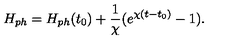
H _ { p h } = H _ { p h } ( t _ { 0 } ) + \frac { 1 } { \chi } ( e ^ { \chi ( t - t _ { 0 } ) } - 1 ) .